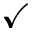
\checkmark